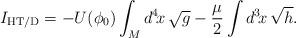
LaTeX: \begin{align*}I_{\rm HT/D} = - U(\phi_0) \int_M d^4\!x\, \sqrt{g} - \frac{\mu}{2} \int d^3\!x\, \sqrt{h}.\end{align*}